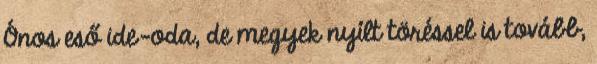
Ónos eső ide-oda, de megyek nyílt töréssel is tovább,